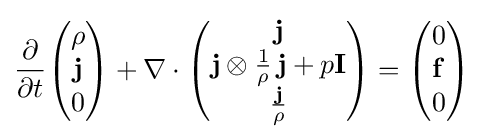
{\frac {\partial }{\partial t}}{\begin{pmatrix}\rho \\\mathbf {j} \\0\end{pmatrix}}+\nabla \cdot {\begin{pmatrix}\mathbf {j} \\\mathbf {j} \otimes {\frac {1}{\rho }}\,\mathbf {j} +p\mathbf {I} \\{\frac {\mathbf {j} }{\rho }}\end{pmatrix}}={\begin{pmatrix}0\\\mathbf {f} \\0\end{pmatrix}}